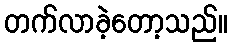
တက်လာခဲ့တော့သည်။